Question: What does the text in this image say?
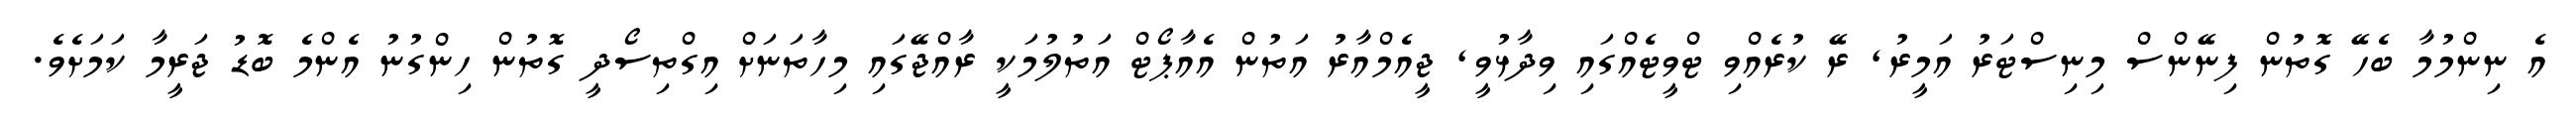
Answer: އެ ނިންމުމާ ބެހޭ ގޮތުން ފިނޭންސް މިނިސްޓަރު އަމީރު, ރޭ ކުރެއްވި ޓްވީޓެއްގައި ވިދާޅުވީ, ޖީއެމްއާރު އަތުން އެއާޕޯޓް އަތުލުމަކީ ރާއްޖޭގައި މިހާތަނަށް އިގްތިސޯދީ ގޮތުން ހިންގުނު އެންމެ ބޮޑު ޖަރީމާ ކަމަށެވެ.